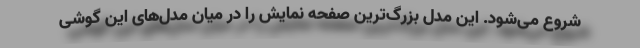
شروع می‌شود. این مدل بزرگ‌ترین صفحه نمایش را در میان مدل‌های این گوشی